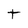
Character: t